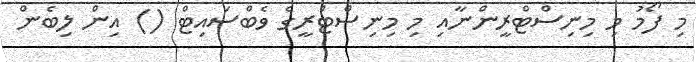
މި ފޯމު މި މިނިސްޓްރީންނާއި މި މިނިސްޓްރީގެ ވެބްސައިޓް () އިން ލިބެން